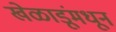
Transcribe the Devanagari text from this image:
खेळाडूंमधून